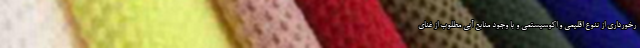
رخورداری از تنوع اقلیمی و اکوسیستمی و با وجود منابع آبی مطلوب از غنای